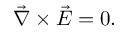
{ \vec { \nabla } } \times { \vec { E } } = 0 .